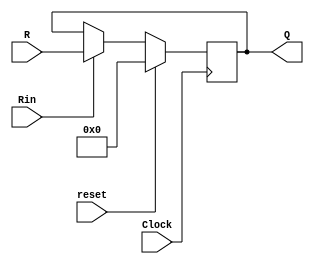
module regir(R, Rin, Clock, Q, reset);
	parameter n = 10;
	input [n-1:0] R;
	input Rin, Clock, reset;
	output [n-1:0] Q;
	reg [n-1:0] Q;
	
	initial begin
		Q <= 10'b0;
	end
	
	always @(posedge Clock)
		if(reset == 1'b1)
		begin
			Q <= 10'b0;
		end
		
		else if (Rin)
		begin
			Q <= R;
		end
endmodule